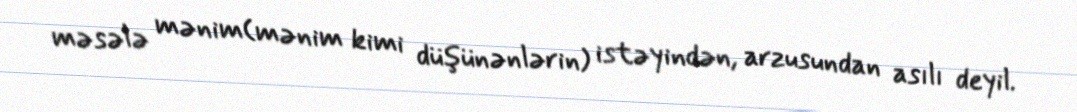
məsələ mənim(mənim kimi düşünənlərin) istəyindən, arzusundan asılı deyil.